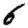
Digit: 6